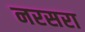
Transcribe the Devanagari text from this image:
नरसरा